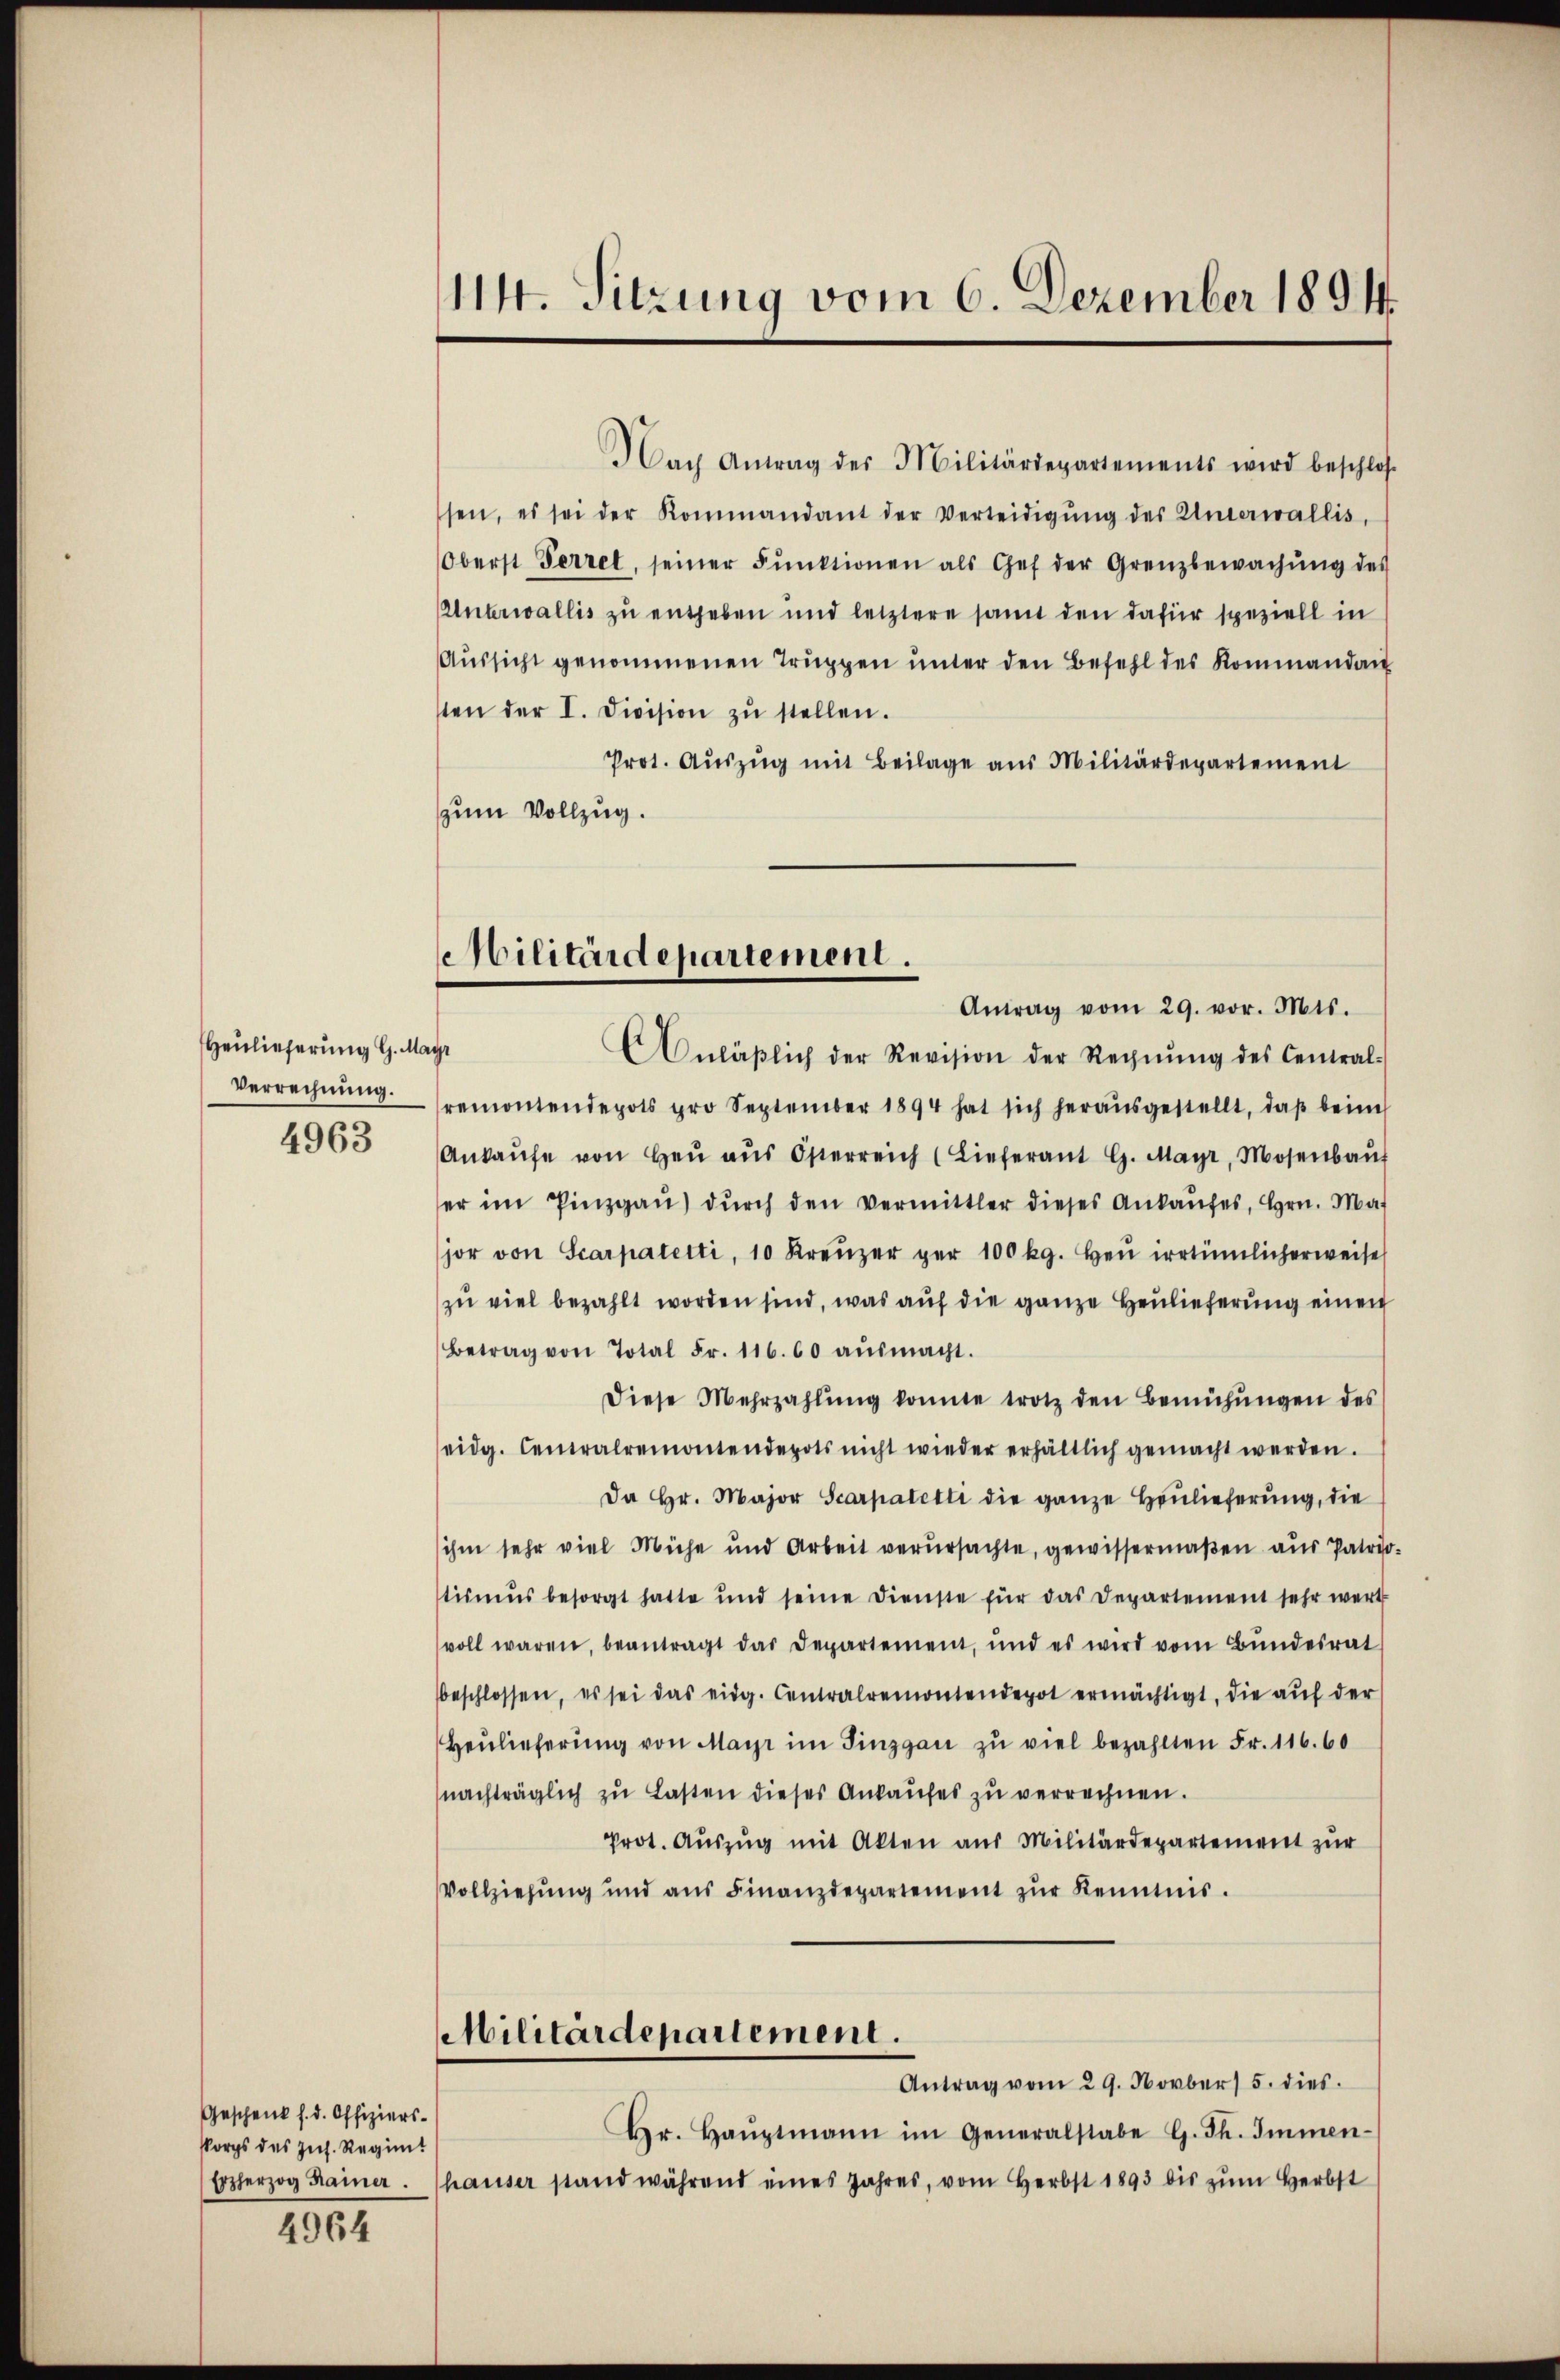
Heulieferung G. Mo
Verrechnung.
4963

Nach Antrag des Militärdepartements wird beschlos
sen, es sei der Kommandant der Verteidigŭng des Unterwallis,
Oberst Terzel, seiner Funktionen als Gef der Grenzbewachŭng des
Unterwallis zu entheben und letztere samt den dafür speziell in
Aussicht genommenen Truppen unter den Befehl des Kommandan
sten der I. Division zŭ stellen.
Prot. Aŭszŭg mit Beilage aus Militärdepartement
zum Vollzug.

Geschenk s. d. Offiziers-
skorps des Ins. Regimt
Erzherzog Kamer.

4964

114. Sitzung vom 6. Dezember 1894.

Militärdepartement.

Antrag vom 29. vor. Mts.
s
Anläβlich der Revision der Rechnŭng des Central-
remontendepots pro September 1894 hat sich heraŭsgestellt, daβ beim
Ankaŭfe von heŭ aŭs Österreich (Lieferant G. Mayr, Mosenbaŭf
er im Pinzgaŭ) dŭrch den Vermittler dieses Ankaŭfes, Hrn. Mat
jor von Scarpaletti, 10 Kreŭzer per 100 kg. Heŭ irrtümlicherweise
zŭ viel bezahlt worden sind, was aŭf die ganze Heulieferung einen
Betrag von Total Fr. 116. 60 aŭsmacht.
diese Mehrzahlŭng konnte trotz den Bemühŭngen des
eidg. Centralremontendepots nicht wieder erhältlich gemacht werden.
Da Hr. Major Scarpatetti die ganze Heulieferung, die
ihm sehr viel Mühe und Arbeit verŭrsachte, gewissermaβen aus Patrio
tismus besorgt hatte und seine dienste für das Departement sehr werd
voll waren, beantragt das Departement, und es wird vom Bŭndesrat
beschlossen, es sei das eidg. Centralremontendepot ermächtigt, die aŭf der
Heŭlieferŭng von Mayr im Tinzgan zu viel bezahlten Fr. 116. 60
nachträglich zu Lasten dieses Ankaufes zu verrechnen.
Prot. Aŭszŭg mit Akten aus Militärdepartement zur
Vollziehung und aŭs Finanzdepartement zŭr Kenntnis.
Militärdepartement.
Antrag vom 29. Novber 5. dies
Hr. Haŭptmann im Generalstabe G. Th. Immen-
hauser stand während eines Jahres, vom Herbst 1893 bis zŭm Herbst